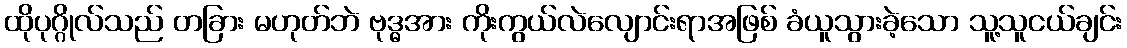
ထိုပုဂ္ဂိုလ်သည် တခြား မဟုတ်ဘဲ ဗုဒ္ဓအား ကိုးကွယ်လဲလျောင်းရာအဖြစ် ခံယူသွားခဲ့သော သူ့သူငယ်ချင်း